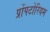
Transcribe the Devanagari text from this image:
प्रोंपटोरियम